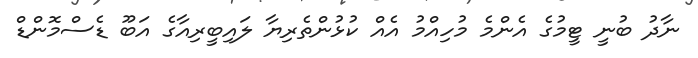
ނާދު ބުނީ ޓީމުގެ އެންމެ މުހިއްމު އެއް ކުޅުންތެރިޔާ ލައިބީރިއާގެ އަބޫ ޑެސްމޮންޑް